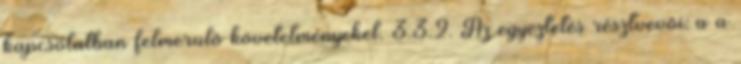
kapcsolatban felmerülõ követelményeket. 3.3.2. Az egyeztetés résztvevõi: a a